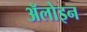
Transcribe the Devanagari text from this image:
ॲलोइन